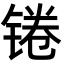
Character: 锩